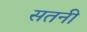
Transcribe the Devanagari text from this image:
सतनी